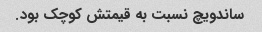
ساندویچ نسبت به قیمتش کوچک بود.